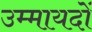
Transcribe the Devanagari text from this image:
उम्मायदों